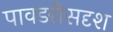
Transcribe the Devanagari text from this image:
पावडरीसदृश